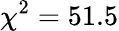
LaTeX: \chi^{2}=51.5